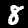
Digit: 8